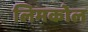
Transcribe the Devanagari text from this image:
लिमकोल